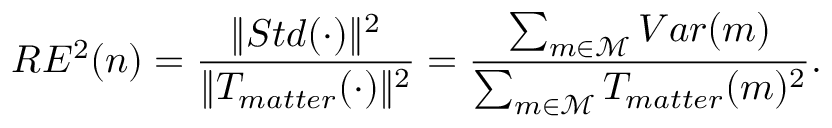
R E ^ { 2 } ( n ) = \frac { \| S t d ( \cdot ) \| ^ { 2 } } { \| T _ { m a t t e r } ( \cdot ) \| ^ { 2 } } = \frac { \sum _ { m \in \mathcal { M } } V a r ( m ) } { \sum _ { m \in \mathcal { M } } T _ { m a t t e r } ( m ) ^ { 2 } } .